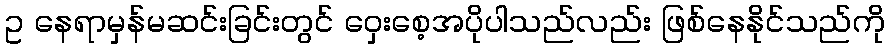
ဥ နေရာမှန်မဆင်းခြင်းတွင် ဝှေးစေ့အပိုပါသည်လည်း ဖြစ်နေနိုင်သည်ကို